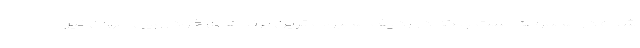
شده در مجموعه است بلکه در ردیف محبوب ترین برندهای خودرویی جهان نیز